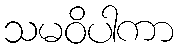
သမဝိပါကာ